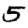
Digit: 5